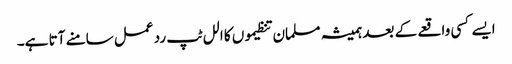
ایسے کسی واقعے کے بعد ہمیشہ مسلمان تنظیموں کا الل ٹپ رد عمل سامنے آتا ہے۔